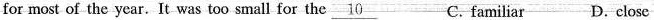
for most of the year.It was too small for the \underline{10} C. familiar D. close